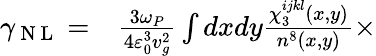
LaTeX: \begin{array}{rl}{\gamma_{\mathrm{~N~L~}}=}&{{}\frac{3\omega_{P}}{4\varepsilon_{0}^{3}v_{g}^{2}}\int dxdy\frac{\chi_{3}^{ijkl}(x,y)}{n^{8}(x,y)}\times}\end{array}